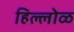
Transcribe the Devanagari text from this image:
हिल्लोळ